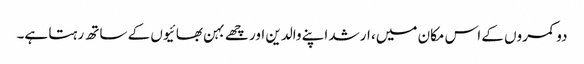
دو کمروں کے اس مکان میں، ارشد اپنے والدین اور چھے بہن بھائیوں کے ساتھ رہتا ہے۔